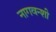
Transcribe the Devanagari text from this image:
नागवन्शी